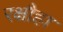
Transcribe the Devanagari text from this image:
रक्षौहा